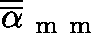
\overline { { \overline { { \mathbf { \alpha } } } } } _ { \mathrm { ~ m ~ m ~ } }